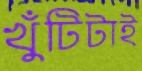
খুঁটিটাই